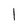
Character: 1